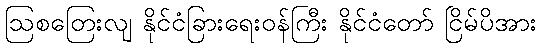
ဩစတြေးလျ နိုင်ငံခြားရေးဝန်ကြီး နိုင်ငံတော် ငြိမ်ပိအား